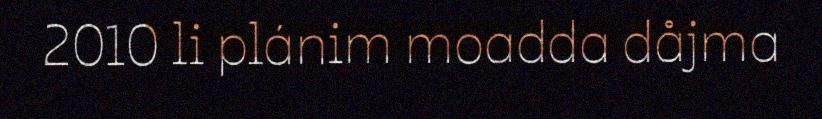
2010 li plánim moadda dåjma